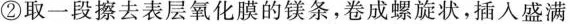
②取一段擦去表层氧化膜的镁条，卷成螺旋状，插入盛满